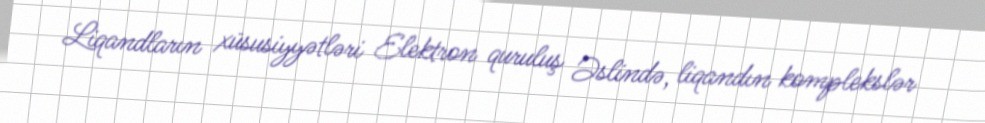
Liqandların xüsusiyyətləri Elektron quruluş Əslində, liqandın komplekslər